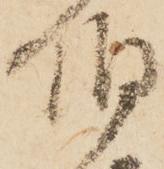
伯